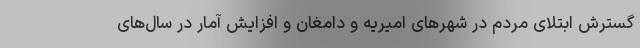
گسترش ابتلای مردم در شهرهای امیریه و دامغان و افزایش آمار در سال‌های